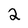
Character: 2